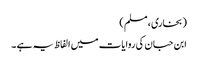
( بخاری ، مسلم )
ابن حبان کی روایات میں الفاظ یہ ہے ۔